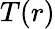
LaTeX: T(r)